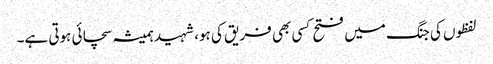
لفظوں کی جنگ میں فتح کسی بھی فریق کی ہو، شہید ہمیشہ سچائی ہوتی ہے۔